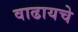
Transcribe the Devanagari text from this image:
वाढायचे